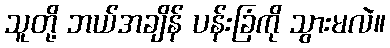
သူတို့ ဘယ်အချိန် ပန်းခြံကို သွားမလဲ။